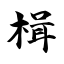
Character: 楫